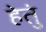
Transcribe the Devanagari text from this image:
हेतुं